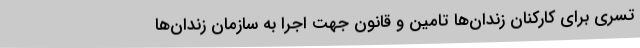
تسری برای کارکنان زندان‌ها تامین و قانون جهت اجرا به سازمان زندان‌ها